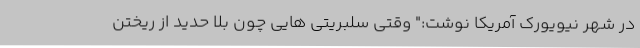
در شهر نیویورک آمریکا نوشت:" وقتی سلبریتی هایی چون بلا حدید از ریختن